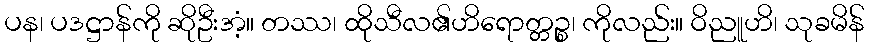
ပန၊ ပဒဋ္ဌာန်ကို ဆိုဦးအံ့။ တဿ၊ ထိုသီလ၏ဟိရောတ္တဉ္စ၊ ကိုလည်း။ ဝိညူဟိ၊ သုခမိန်